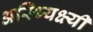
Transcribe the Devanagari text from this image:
अस्थ्यिक्ष्यी